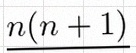
n(n+1)